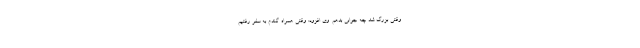
وقتی بزرگ شد چه جوابی بدهم. وی افزود: وقتی همراه گندم به سفر رفتیم